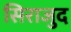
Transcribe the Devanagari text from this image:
सिराजुद